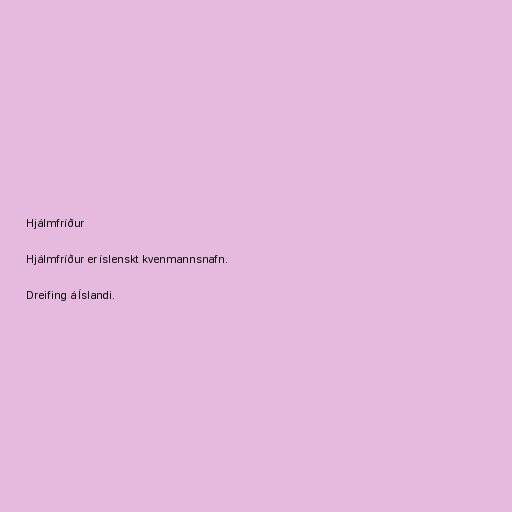
Hjálmfríður

Hjálmfríður er íslenskt kvenmannsnafn.

Dreifing á Íslandi.